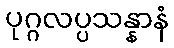
ပုဂ္ဂလပ္ပသန္နာနံ